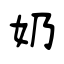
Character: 奶